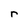
Character: r